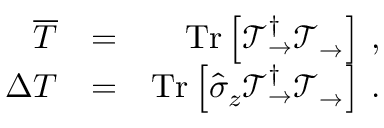
\begin{array} { r l r } { \overline { { T } } } & { = } & { \mathrm { T r } \left[ \mathcal { T } _ { \rightarrow } ^ { \dagger } \mathcal { T } _ { \rightarrow } \right] \, , } \\ { \Delta { T } } & { = } & { \mathrm { T r } \left[ \hat { \sigma } _ { z } \mathcal { T } _ { \rightarrow } ^ { \dagger } \mathcal { T } _ { \rightarrow } \right] \, . } \end{array}